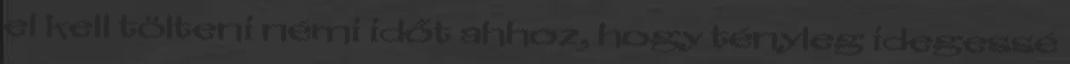
el kell tölteni némi időt ahhoz, hogy tényleg idegessé